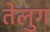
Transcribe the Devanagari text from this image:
तेलुग